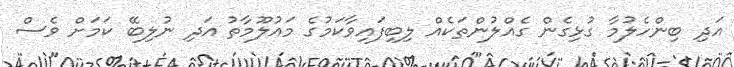
އަދި ބިންހެލުމާ ގުޅިގެން ގެއްލުންތަކެއް ލިބިފައިވާކަމުގެ މައުލޫމާތު އަދި ނުލިބޭ ކަމަށް ވެސް